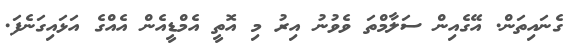
ގެނައިތަން. އޭގެއިން ސަލާމްތަ ވެވުނު އިރު މި އޮތީ އެމްޑީއެން އެއްގެ އަޅައިގަނެފަ.